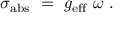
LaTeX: \sigma _ { \mathrm { a b s } } ~ = ~ g _ { \mathrm { e f f } } ~ \omega ~ .